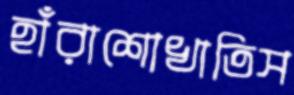
হাঁরাশোখাতিস